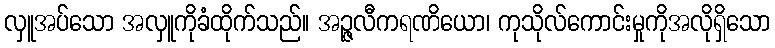
လှူအပ်သော အလှူကိုခံထိုက်သည်။ အဉ္ဇလီကရဏိယော၊ ကုသိုလ်ကောင်းမှုကိုအလိုရှိသော